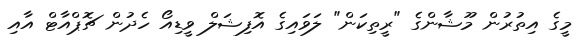
މީގެ އިތުރުން މޫޝާންގެ "ރީތިކަން" ލަވައިގެ އޮފިޝަލް ވީޑިއޯ ހެދުން ޗޮޕްއާޓް އާއި